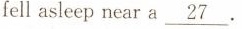
fell asleep near a \underline{27}.